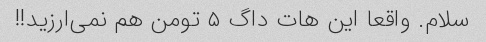
سلام. واقعا این هات داگ ۵ تومن هم نمی‌ارزید!!